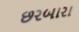
છરબારા